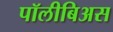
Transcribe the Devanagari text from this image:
पॉलीबिअस